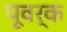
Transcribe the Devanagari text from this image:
पूवर्क